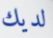
لديك